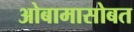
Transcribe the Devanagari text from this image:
ओबामासोबत